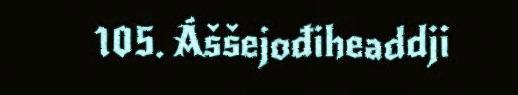
105. Áššejođiheaddji